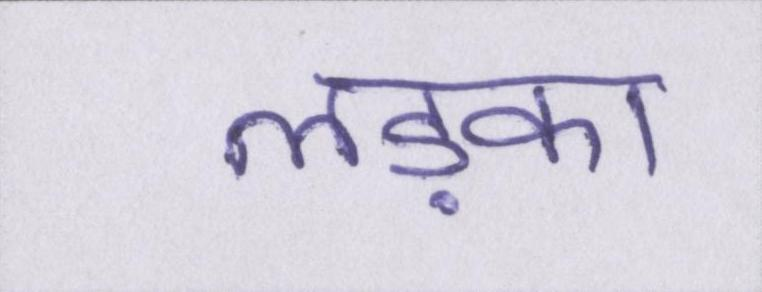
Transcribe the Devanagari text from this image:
लड़का